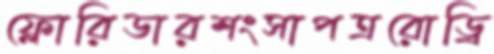
ফ্লোরিডারশংসাপত্ররোড্রি